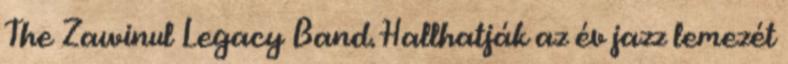
The Zawinul Legacy Band. Hallhatják az év jazz lemezét